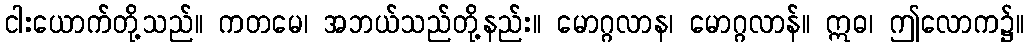
ငါးယောက်တို့သည်။ ကတမေ၊ အဘယ်သည်တို့နည်း။ မောဂ္ဂလာန၊ မောဂ္ဂလာန်။ ဣဓ၊ ဤလောက၌။